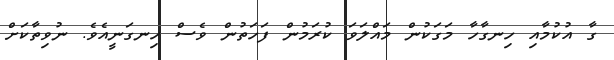
ގާ އުކުމާއި ހިނގާހާ މަގަކުން މައްލަވަ ކުރަމުން ފަހަތުން ވެސް ހިނގަނީއެވެ. ނުވިތާކަށް